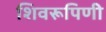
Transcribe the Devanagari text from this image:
शिवरूपिणी